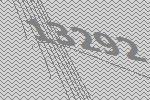
13292